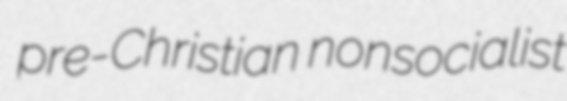
pre-Christian nonsocialist